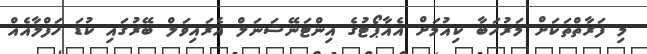
މި ފަރާތްތަކަށް މަރުހަބާ ކިއުމަށް އެއާޕޯޓުގެ އިންޓަނޭޝަނަލް އެރައިވަލް ބޭރުގައި ކުޑަ ހަފްލާއެއް